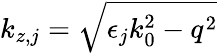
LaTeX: k_{z,j}=\sqrt{\epsilon_{j}k_{0}^{2}-q^{2}}